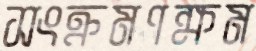
সংক্রমণক্ষম